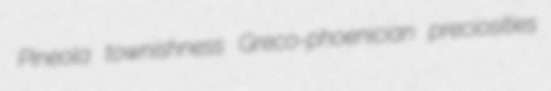
Pineola townishness Greco-phoenician preciosities